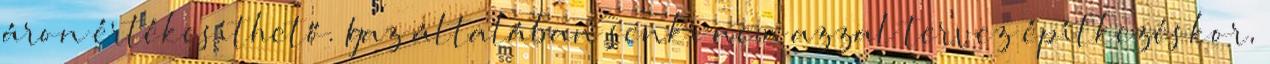
áron értékesíthető. Igaz általában senki nem azzal tervez építkezéskor,